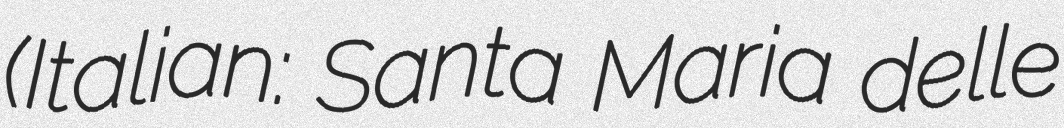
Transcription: (Italian: Santa Maria delle